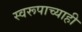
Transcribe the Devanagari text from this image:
स्वरूपाच्याही